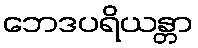
ဘေဒပရိယန္တာ